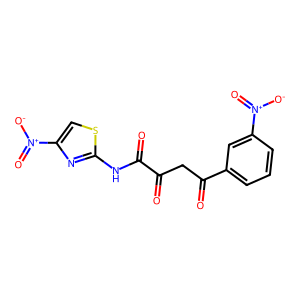
SMILES: O=C(CC(=O)c1cccc([N+](=O)[O-])c1)C(=O)Nc1nc([N+](=O)[O-])cs1
Inhibits HIV replication: No